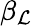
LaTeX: \beta_{\mathcal{L}}